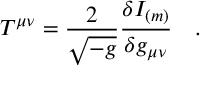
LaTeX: T ^ { \mu \nu } = { \frac { 2 } { \sqrt { - g } } } { \frac { \delta I _ { ( m ) } } { \delta g _ { \mu \nu } } } ~ ~ ~ .